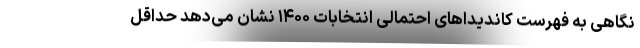
نگاهی به فهرست کاندیداهای احتمالی انتخابات ۱۴۰۰ نشان می‌دهد حداقل